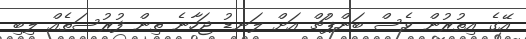
އޭގެ އިތުރުން ވެސް ބަންޕުޗް އަށް ލަނޑު ޖަހާނެ ތިން ފުރުސަތެއް ލިބި